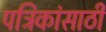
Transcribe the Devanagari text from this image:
पत्रिकांसाठी